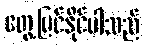
တွေ့မြင်နိုင်ပါသည်